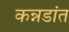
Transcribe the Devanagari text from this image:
कन्नडांत